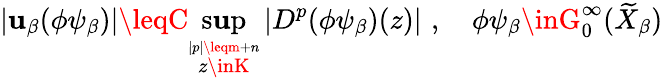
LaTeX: \left|\mathbf{u}_{\beta}(\phi\psi_{\beta})\right|\leqC\operatorname*{s\mathbf{u}p}_{\stackrel{{|p|\leqm+n}}{z\inK}}\left|D^{p}(\phi\psi_{\beta})(z)\right|\, \, ,\quad\phi\psi_{\beta}\inG_{0}^{\infty}(\widetilde{{X}}_{\beta})\, \,